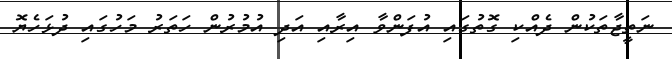
ނަތީޖާތަކުން ދެއްކި ގޮތުގައި އުފަންވާ އިރާއި އަދި އުމުރުން ހަތަރު މަހުގައި ދުޅަހެޔޮ